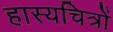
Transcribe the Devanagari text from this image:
हास्यचित्रों